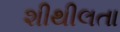
શીથીલતા